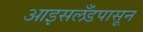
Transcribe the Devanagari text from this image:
आइसलँडपासून